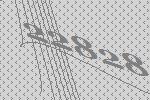
22828